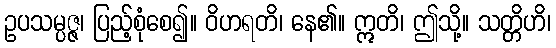
ဥပသမ္ပဇ္ဇ၊ ပြည့်စုံစေ၍။ ဝိဟရတိ၊ နေ၏။ ဣတိ၊ ဤသို့။ သတ္တိဟိ၊